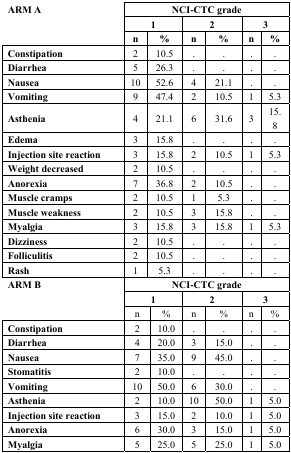
<table><thead><tr><td rowspan="3"><b>ARM A</b></td><td colspan="6"><b>NCI-CTC grade</b></td></tr><tr><td colspan="2"><b>1</b></td><td colspan="2"><b>2</b></td><td colspan="2"><b>3</b></td></tr><tr><td><b>n</b></td><td><b>%</b></td><td><b>n</b></td><td><b>%</b></td><td><b>n</b></td><td><b>%</b></td></tr></thead><tbody><tr><td><b>Constipation</b></td><td>2</td><td>10.5</td><td>.</td><td>.</td><td>.</td><td>.</td></tr><tr><td><b>Diarrhea</b></td><td>5</td><td>26.3</td><td>.</td><td>.</td><td>.</td><td>.</td></tr><tr><td><b>Nausea</b></td><td>10</td><td>52.6</td><td>4</td><td>21.1</td><td>.</td><td>.</td></tr><tr><td><b>Vomiting</b></td><td>9</td><td>47.4</td><td>2</td><td>10.5</td><td>1</td><td>5.3</td></tr><tr><td><b>Asthenia</b></td><td>4</td><td>21.1</td><td>6</td><td>31.6</td><td>3</td><td>15.8</td></tr><tr><td><b>Edema</b></td><td>3</td><td>15.8</td><td>.</td><td>.</td><td>.</td><td>.</td></tr><tr><td><b>Injection site reaction</b></td><td>3</td><td>15.8</td><td>2</td><td>10.5</td><td>1</td><td>5.3</td></tr><tr><td><b>Weight decreased</b></td><td>2</td><td>10.5</td><td>.</td><td>.</td><td>.</td><td>.</td></tr><tr><td><b>Anorexia</b></td><td>7</td><td>36.8</td><td>2</td><td>10.5</td><td>.</td><td>.</td></tr><tr><td><b>Muscle cramps</b></td><td>2</td><td>10.5</td><td>1</td><td>5.3</td><td>.</td><td>.</td></tr><tr><td><b>Muscle weakness</b></td><td>2</td><td>10.5</td><td>3</td><td>15.8</td><td>.</td><td>.</td></tr><tr><td><b>Myalgia</b></td><td>3</td><td>15.8</td><td>3</td><td>15.8</td><td>1</td><td>5.3</td></tr><tr><td><b>Dizziness</b></td><td>2</td><td>10.5</td><td>.</td><td>.</td><td>.</td><td>.</td></tr><tr><td><b>Folliculitis</b></td><td>2</td><td>10.5</td><td>.</td><td>.</td><td>.</td><td>.</td></tr><tr><td><b>Rash</b></td><td>1</td><td>5.3</td><td>.</td><td>.</td><td>.</td><td>.</td></tr><tr><td rowspan="3"><b>ARM B</b></td><td colspan="6"><b>NCI-CTC grade</b></td></tr><tr><td colspan="2"><b>1</b></td><td colspan="2"><b>2</b></td><td colspan="2"><b>3</b></td></tr><tr><td>n</td><td>%</td><td>n</td><td>%</td><td>n</td><td>%</td></tr><tr><td><b>Constipation</b></td><td>2</td><td>10.0</td><td>.</td><td>.</td><td>.</td><td>.</td></tr><tr><td><b>Diarrhea</b></td><td>4</td><td>20.0</td><td>3</td><td>15.0</td><td>.</td><td>.</td></tr><tr><td><b>Nausea</b></td><td>7</td><td>35.0</td><td>9</td><td>45.0</td><td>.</td><td>.</td></tr><tr><td><b>Stomatitis</b></td><td>2</td><td>10.0</td><td>.</td><td>.</td><td>.</td><td>.</td></tr><tr><td><b>Vomiting</b></td><td>10</td><td>50.0</td><td>6</td><td>30.0</td><td>.</td><td>.</td></tr><tr><td><b>Asthenia</b></td><td>2</td><td>10.0</td><td>10</td><td>50.0</td><td>1</td><td>5.0</td></tr><tr><td><b>Injection site reaction</b></td><td>3</td><td>15.0</td><td>2</td><td>10.0</td><td>1</td><td>5.0</td></tr><tr><td><b>Anorexia</b></td><td>6</td><td>30.0</td><td>3</td><td>15.0</td><td>1</td><td>5.0</td></tr><tr><td><b>Myalgia</b></td><td>5</td><td>25.0</td><td>5</td><td>25.0</td><td>1</td><td>5.0</td></tr></tbody></table>